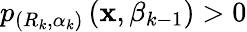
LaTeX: p_{\left(R_{k},\alpha_{k}\right)}\left(\mathbf{x},\beta_{k-1}\right)>0